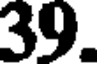
39.